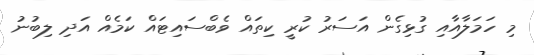
މި ހަމަލާއާއި ގުޅިގެން އަސަރު ކުރީ ކިތައް ވެބްސައިޓައް ކަމެއް އަދި ލިބުނު